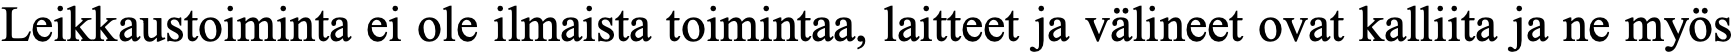
Leikkaustoiminta ei ole ilmaista toimintaa, laitteet ja välineet ovat kalliita ja ne myös